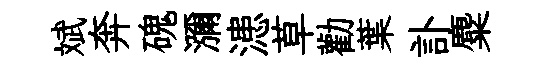
斌奔磈瀰漶草勸葉訃麋